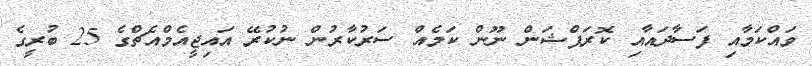
ވައްކަމާއި ފަސާދައާއި ކޮރަޕްޝަން ނޫން ކަމެއް ސަރުކާރުން ނުކުރޭ އައިޖީއެމްއެޗްގެ 25 ބުރީގެ